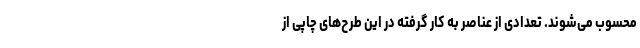
محسوب می‌شوند. تعدادی از عناصر به کار گرفته در این طرح‌های چاپی از